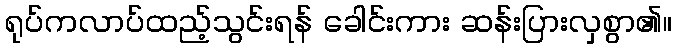
ရုပ်ကလာပ်ထည့်သွင်းရန် ခေါင်းကား ဆန်းပြားလှစွာ၏။